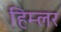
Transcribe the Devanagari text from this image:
हिम्लर